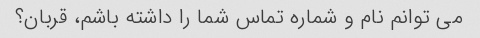
می توانم نام و شماره تماس شما را داشته باشم، قربان؟